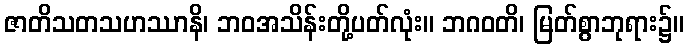
ဇာတိသတသဟဿာနိ၊ ဘဝအသိန်းတို့ပတ်လုံး။ ဘဂဝတိ၊ မြတ်စွာဘုရား၌။